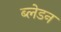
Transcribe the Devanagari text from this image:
ब्लेडन